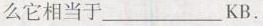
么它相当于___KB.